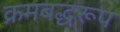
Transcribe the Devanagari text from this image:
क्रमबद्धरूप